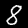
Label: 8